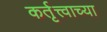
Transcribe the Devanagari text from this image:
कर्तृत्त्वाच्या